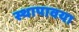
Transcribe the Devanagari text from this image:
स्थापावया